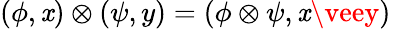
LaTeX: (\phi,\mathit{x})\otimes(\psi,y)=(\phi\otimes\psi,\mathit{x}\veey)~~~